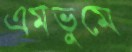
এমভুমে